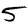
Digit: 5